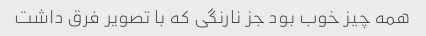
همه چیز خوب بود جز نارنگی که با تصویر فرق داشت